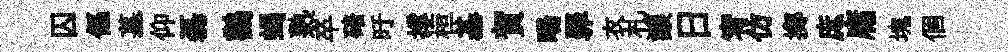
囚傴墓仰磊鸛蝎熟卒碚旴撑桓基賀暘罪衣札讓日宥仿擲庶庸塊個